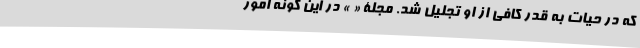
که در حیات به قدر کافی از او تجلیل شد. مجلۀ « » در این گونه امور